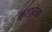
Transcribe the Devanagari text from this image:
मृत्युरेखा